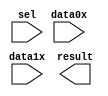
// megafunction wizard: %LPM_MUX%VBB%
// GENERATION: STANDARD
// VERSION: WM1.0
// MODULE: LPM_MUX 

// ============================================================
// Megafunction Name(s):
// 			LPM_MUX
//
// Simulation Library Files(s):
// 			lpm
// ============================================================
// ************************************************************
// THIS IS A WIZARD-GENERATED FILE. DO NOT EDIT THIS FILE!
//
// 18.1.0 Build 625 09/12/2018 SJ Lite Edition
// ************************************************************

//Copyright (C) 2018  Intel Corporation. All rights reserved.
//Your use of Intel Corporation's design tools, logic functions 
//and other software and tools, and its AMPP partner logic 
//functions, and any output files from any of the foregoing 
//(including device programming or simulation files), and any 
//associated documentation or information are expressly subject 
//to the terms and conditions of the Intel Program License 
//Subscription Agreement, the Intel Quartus Prime License Agreement,
//the Intel FPGA IP License Agreement, or other applicable license
//agreement, including, without limitation, that your use is for
//the sole purpose of programming logic devices manufactured by
//Intel and sold by Intel or its authorized distributors.  Please
//refer to the applicable agreement for further details.

module SIGMUX (
	data0x,
	data1x,
	sel,
	result);

	input	[15:0]  data0x;
	input	[15:0]  data1x;
	input	  sel;
	output	[15:0]  result;

endmodule

// ============================================================
// CNX file retrieval info
// ============================================================
// Retrieval info: PRIVATE: INTENDED_DEVICE_FAMILY STRING "Cyclone V"
// Retrieval info: PRIVATE: SYNTH_WRAPPER_GEN_POSTFIX STRING "0"
// Retrieval info: PRIVATE: new_diagram STRING "1"
// Retrieval info: LIBRARY: lpm lpm.lpm_components.all
// Retrieval info: CONSTANT: LPM_SIZE NUMERIC "2"
// Retrieval info: CONSTANT: LPM_TYPE STRING "LPM_MUX"
// Retrieval info: CONSTANT: LPM_WIDTH NUMERIC "16"
// Retrieval info: CONSTANT: LPM_WIDTHS NUMERIC "1"
// Retrieval info: USED_PORT: data0x 0 0 16 0 INPUT NODEFVAL "data0x[15..0]"
// Retrieval info: USED_PORT: data1x 0 0 16 0 INPUT NODEFVAL "data1x[15..0]"
// Retrieval info: USED_PORT: result 0 0 16 0 OUTPUT NODEFVAL "result[15..0]"
// Retrieval info: USED_PORT: sel 0 0 0 0 INPUT NODEFVAL "sel"
// Retrieval info: CONNECT: @data 0 0 16 0 data0x 0 0 16 0
// Retrieval info: CONNECT: @data 0 0 16 16 data1x 0 0 16 0
// Retrieval info: CONNECT: @sel 0 0 1 0 sel 0 0 0 0
// Retrieval info: CONNECT: result 0 0 16 0 @result 0 0 16 0
// Retrieval info: GEN_FILE: TYPE_NORMAL SIGMUX.v TRUE
// Retrieval info: GEN_FILE: TYPE_NORMAL SIGMUX.inc FALSE
// Retrieval info: GEN_FILE: TYPE_NORMAL SIGMUX.cmp FALSE
// Retrieval info: GEN_FILE: TYPE_NORMAL SIGMUX.bsf TRUE
// Retrieval info: GEN_FILE: TYPE_NORMAL SIGMUX_inst.v FALSE
// Retrieval info: GEN_FILE: TYPE_NORMAL SIGMUX_bb.v TRUE
// Retrieval info: LIB_FILE: lpm